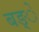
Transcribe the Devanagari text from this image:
बङ्ें